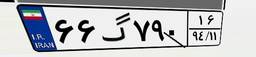
۴۵گ۰۴۷۸۶